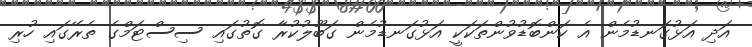
އަދި އަޅުގަނޑުމެން އެ ކަންބޮޑުވުންތަކަކީ އަޅުގަނޑުމެން ގަބޫލުކުރާ ގޮތުގައި ސިސްޓަމްގެ ތެރޭގައި ހުރި